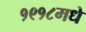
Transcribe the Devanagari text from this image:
१९१८मधे